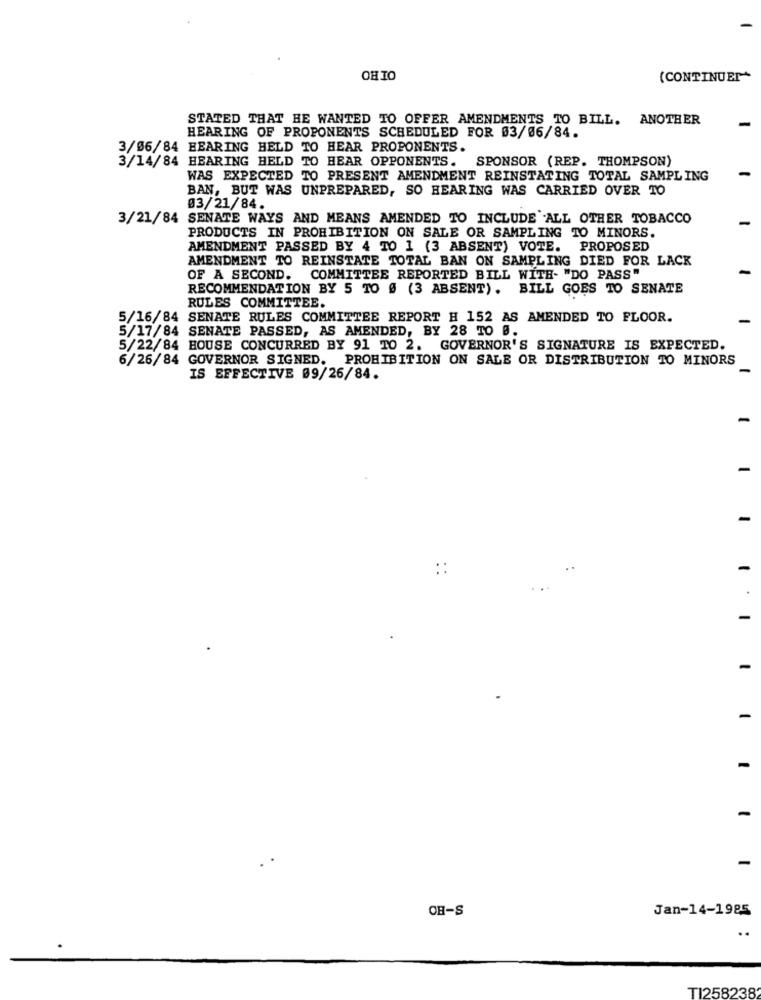
OHIO
(CONTINUER+
STATED THAT HE WANTED TO OFFER AMENDMENTS TO BILL. ANOTHER
HEARING OF PROPONENTS SCHEDULED FOR 03/06/84.
3/06/84 HEARING HELD TO HEAR PROPONENTS.
3/14/84 HEARING HELD TO HEAR OPPONENTS. SPONSOR (REP. THOMPSON)
WAS EXPECTED TO PRESENT AMENDMENT REINSTATING TOTAL SAMPLING
BAN, BUT WAS UNPREPARED, SO HEARING WAS CARRIED OVER TO
03/21/84.
3/21/84 SENATE WAYS AND MEANS AMENDED TO INCLUDE ALL OTHER TOBACCO
PRODUCTS IN PROHIBITION ON SALE OR SAMPLING TO MINORS.
AMENDMENT PASSED BY 4 TO 1 (3 ABSENT) VOTE. PROPOSED
AMENDMENT TO REINSTATE TOTAL BAN ON SAMPLING DIED FOR LACK
OF A SECOND. COMMITTEE REPORTED BILL WITH- "DO PASS"
RECOMMENDATION BY 5 TO Ø (3 ABSENT). BILL GOES TO SENATE
RULES COMMITTEE.
5/16/84 SENATE RULES COMMITTEE REPORT H 152 AS AMENDED TO FLOOR.
5/17/84 SENATE PASSED, AS AMENDED, BY 28 TO B.
5/22/84 HOUSE CONCURRED BY 91 TO 2. GOVERNOR'S SIGNATURE IS EXPECTED.
6/26/84 GOVERNOR SIGNED. PROHIBITION ON SALE OR DISTRIBUTION TO MINORS
IS EFFECTIVE 09/26/84.
-
::
-
-
-
-
OH-S
Jan-14-1985
..
TI2582382